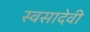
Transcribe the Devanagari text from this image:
स्वसादेवी